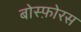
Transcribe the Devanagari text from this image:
बोस्फ़ोरस